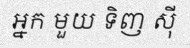
អ្នក មួយ ទិញ ស៊ី